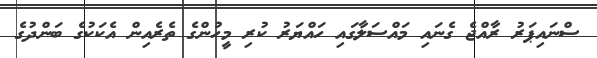
ސްނައިޕަރު ރާއްޖެ ގެނައި މައްސަލާގައި ހައްޔަރު ކުރި މީހުންގެ ތެރެއިން އެކަކުގެ ބަންދުގެ